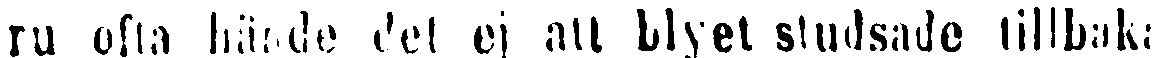
ru ofta hände det ej att blyet studsade tillbaka